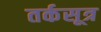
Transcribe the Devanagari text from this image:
तर्कसूत्र